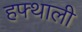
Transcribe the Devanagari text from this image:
हफ्थाली